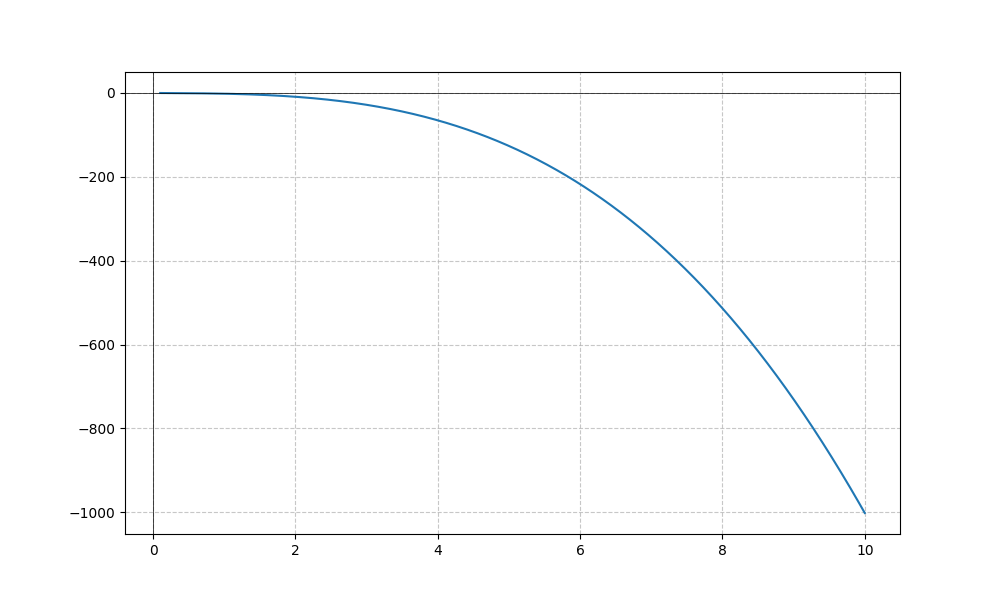
LaTeX formula: - x^{3} - \operatorname{atan}{\left(x \right)}